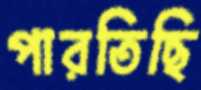
পারতিছি